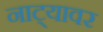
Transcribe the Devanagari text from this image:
नाट्यावर